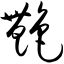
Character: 艳